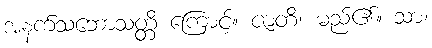
အနက်သဘောသတ္တိ ကြောင့်။ ဇာတိ၊ မည်၏။ သာ၊